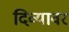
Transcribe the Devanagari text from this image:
दिव्यावर